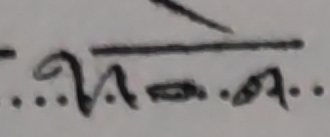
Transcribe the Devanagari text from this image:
...थ.–ग.ना...